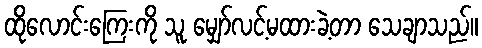
ထိုလောင်းကြေးကို သူ မျှော်လင့်မထားခဲ့တာ သေချာသည်။